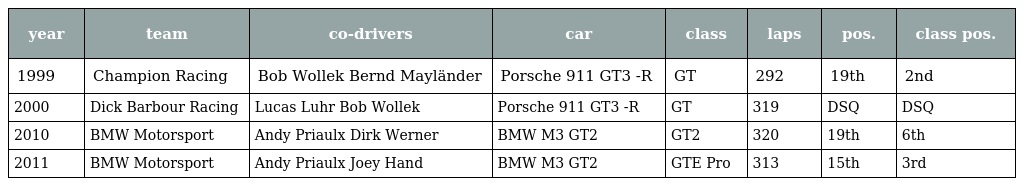
| year | team | co-drivers | car | class | laps | pos. | class pos. |
 | --- | --- | --- | --- | --- | --- | --- | --- |
 | 1999 | Champion Racing | Bob Wollek Bernd Mayländer | Porsche 911 GT3 -R | GT | 292 | 19th | 2nd |
 | 2000 | Dick Barbour Racing | Lucas Luhr Bob Wollek | Porsche 911 GT3 -R | GT | 319 | DSQ | DSQ |
 | 2010 | BMW Motorsport | Andy Priaulx Dirk Werner | BMW M3 GT2 | GT2 | 320 | 19th | 6th |
 | 2011 | BMW Motorsport | Andy Priaulx Joey Hand | BMW M3 GT2 | GTE Pro | 313 | 15th | 3rd |